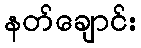
နတ်ချောင်း